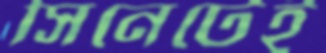
সিনেটেই